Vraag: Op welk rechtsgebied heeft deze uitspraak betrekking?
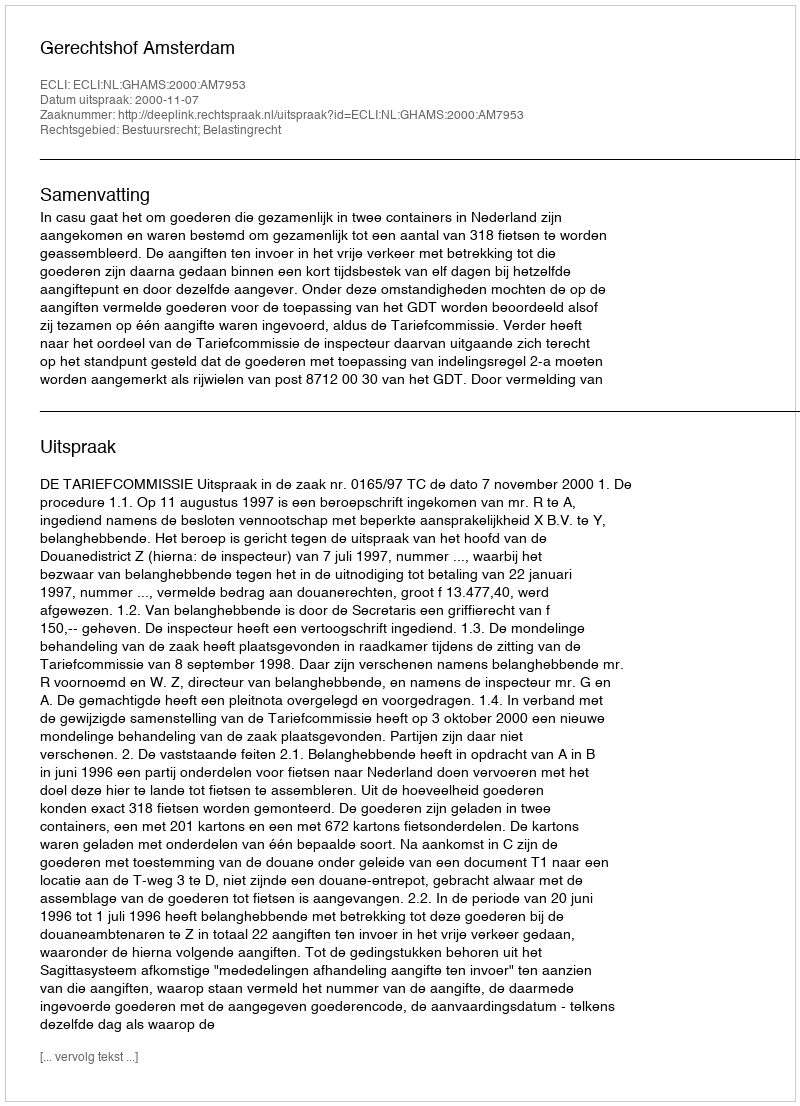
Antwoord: Bestuursrecht; Belastingrecht